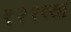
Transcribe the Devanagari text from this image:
१२१व्या